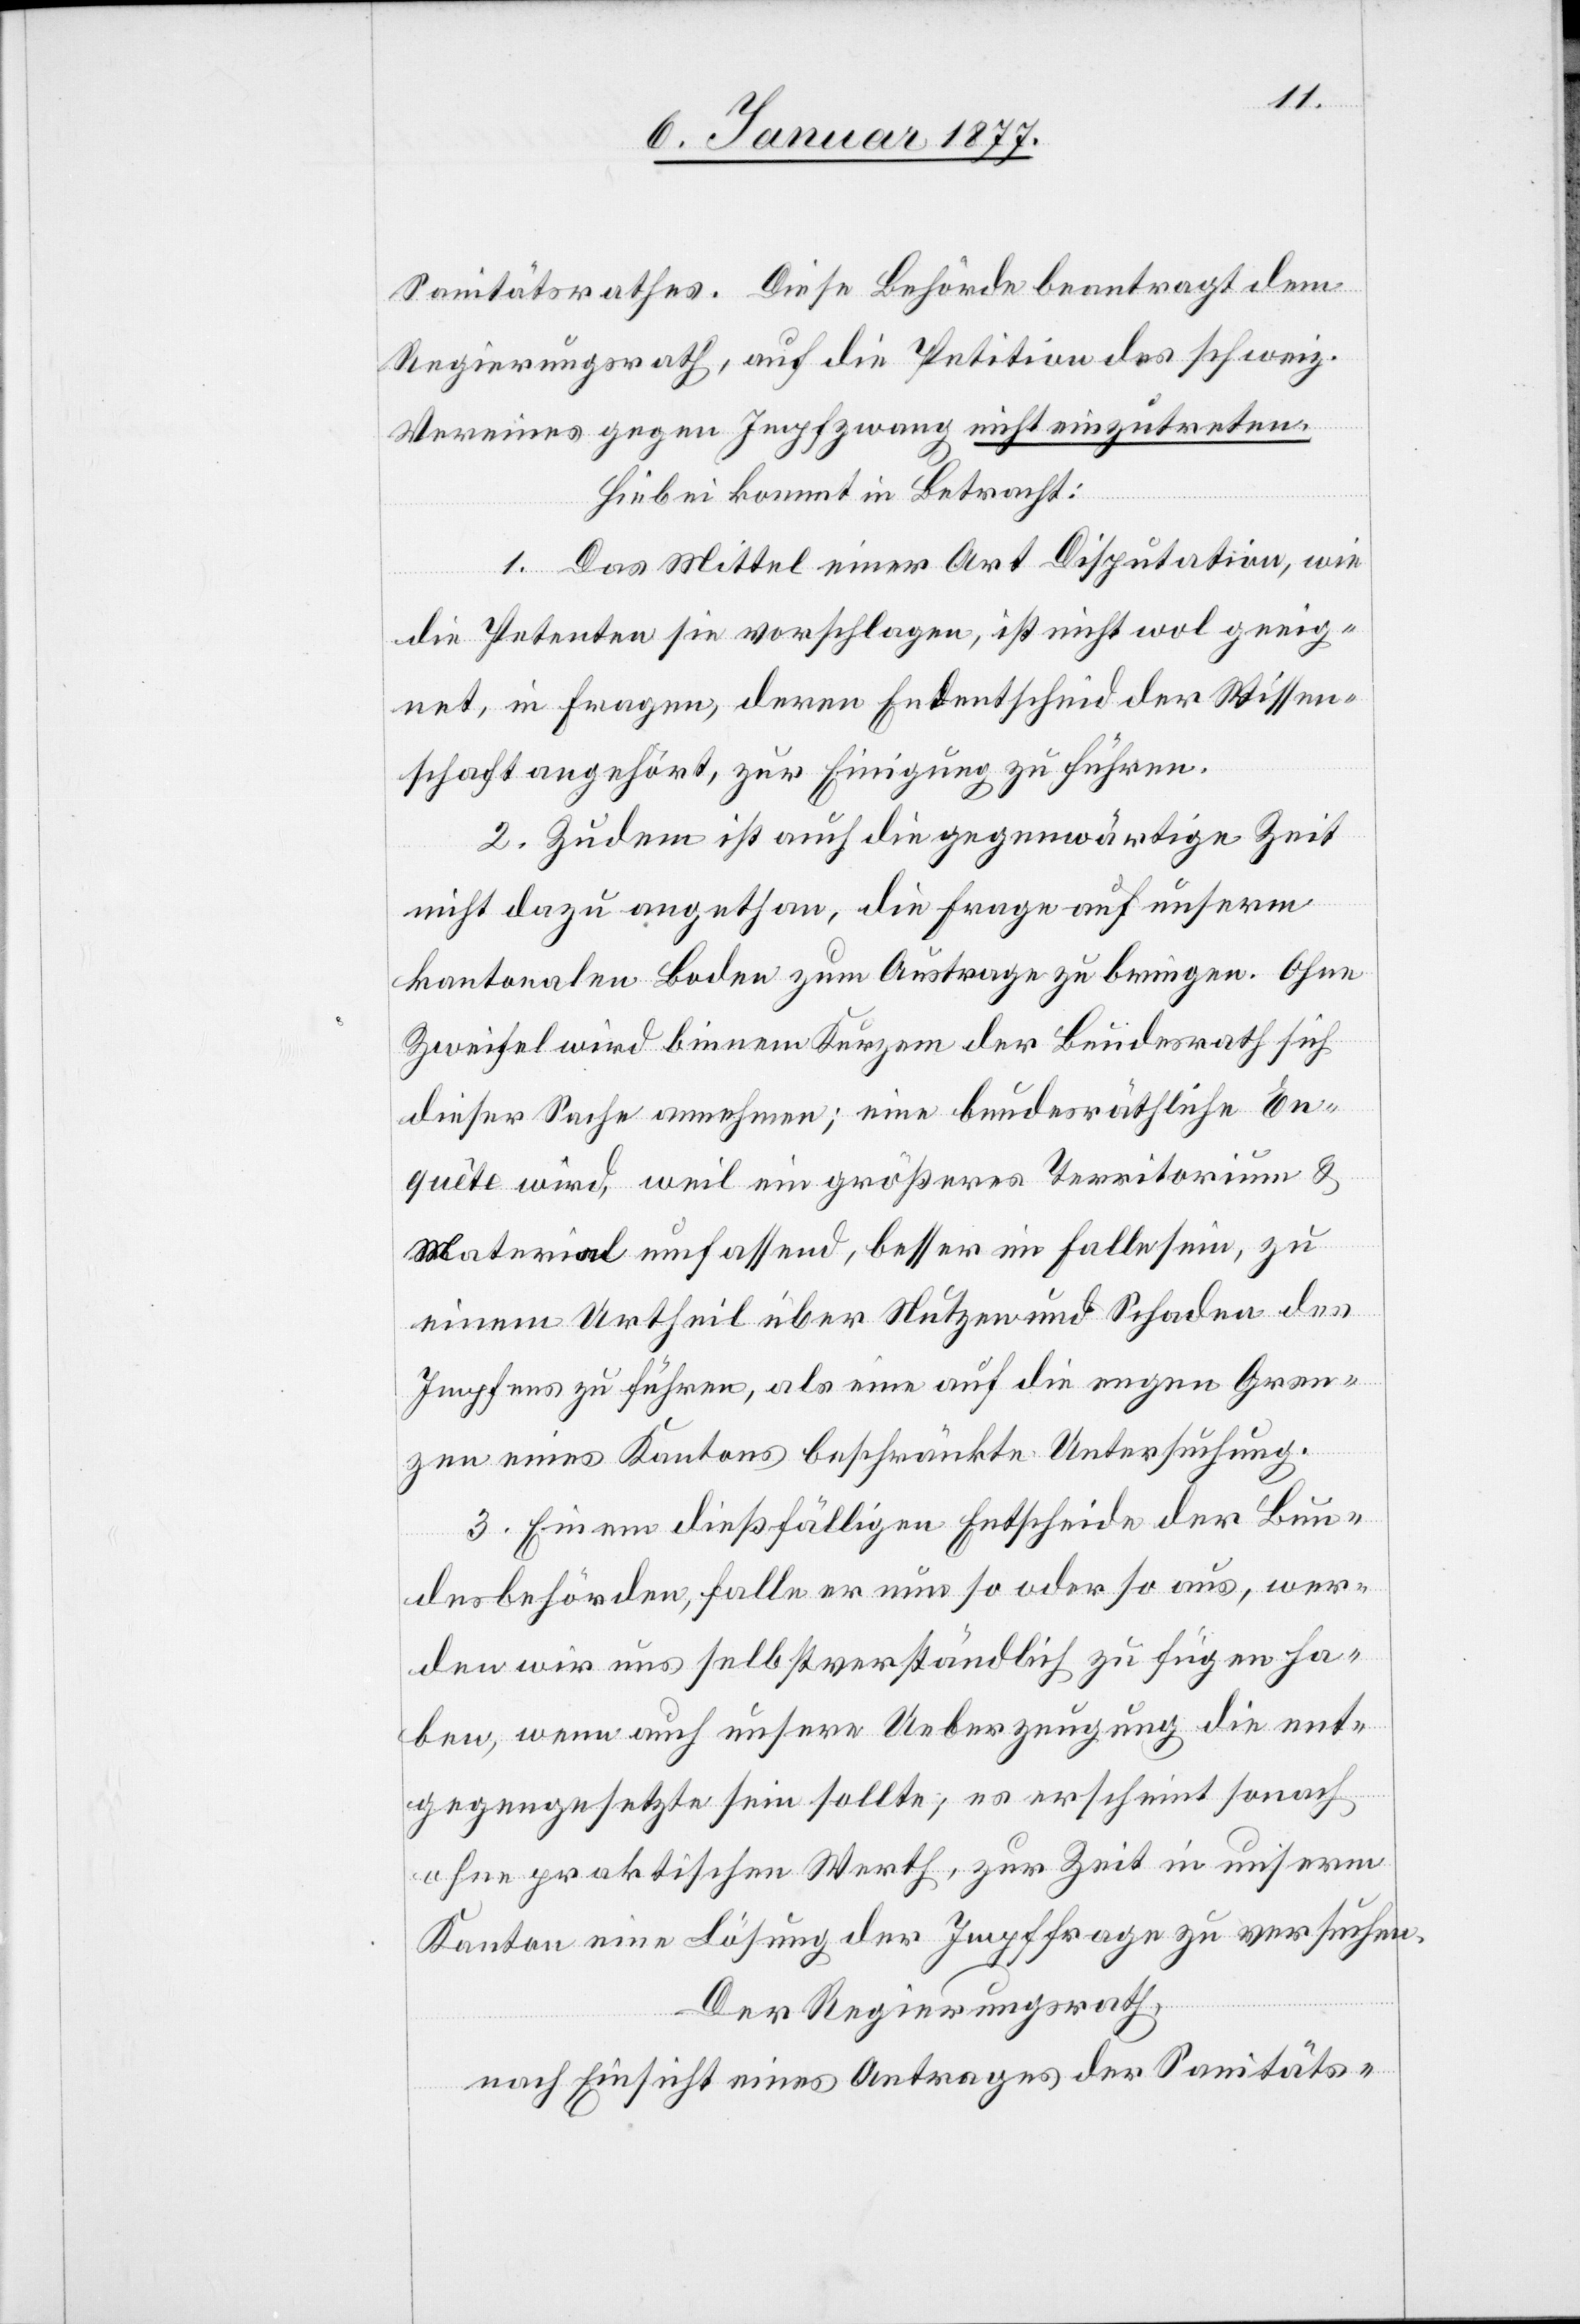
Sanitätsrathes. Diese Behörde beantragt dem
Regierungsrath, auf die Petition des schweiz.
Vereins gegen Impfzwang nicht einzutreten.
Hiebei kommt in Betracht:
1. Das Mittel einer Art Disputation, wie
die Petenten sie vorschlagen, ist nicht wol geeig¬
net, in Fragen, deren Endentscheid der Wissen¬
schaft angehört, zur Einigung zu führen.
2. Zudem ist auch die gegenwärtige Zeit
nicht dazu angethan, die Frage auf unsrem
kantonalen Boden zum Austrage zu bringen. Ohne
Zweifel wird binnen Kurzem der Bundesrath sich
dieser Sache annehmen; eine bundesräthliche En¬
quête wird, weil ein größeres Territorium &
Material umfassend, besser im Falle sein, zu
einem Urtheil über Nutzen und Schaden des
Impfens zu führen, als eine auf die engen Gren¬
zen eines Kantons beschränkte Untersuchung.
3. Einem dießfälligen Entscheide der Bun¬
desbehörden, falle er nun so oder so aus, wer¬
den wird uns selbstverständlich zu fügen ha¬
ben, wenn auch unsere Ueberzeugung die ent¬
gegengesetzte sein sollte, es erscheint sonach
ohne praktischen Werth, zur Zeit in unserm
Kanton eine Lösung der Impffrage zu versuchen.
Der Regierungsrath,
nach Einsicht eines Antrages der Sanitäts-